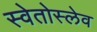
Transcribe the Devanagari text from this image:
स्वेतोस्लेव